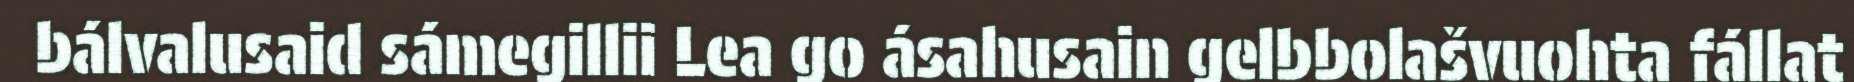
bálvalusaid sámegillii Lea go ásahusain gelbbolašvuohta fállat